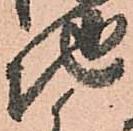
地